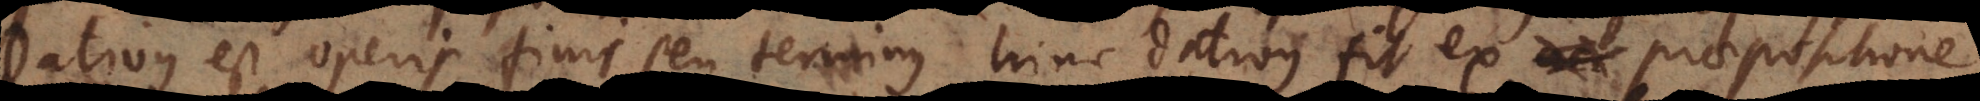
Dativus est operis finis seu terminus, hinc dativus fit ex praepositione